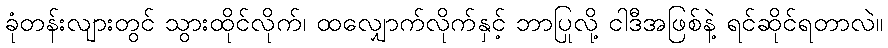
ခုံတန်းလျားတွင် သွားထိုင်လိုက်၊ ထလျှောက်လိုက်နှင့် ဘာပြုလို့ ငါဒီအဖြစ်နဲ့ ရင်ဆိုင်ရတာလဲ။